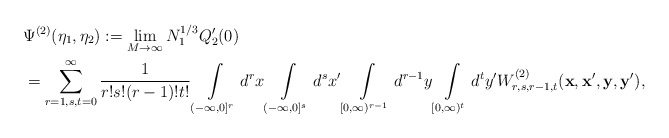
\begin{align*}&\Psi^{(2)}(\eta_1,\eta_2):=\lim_{M\to\infty} N_1^{1/3}Q_2'(0)\\&=\sum\limits_{r=1,s,t=0}^\infty\frac 1{r!s!(r-1)!t!}\int\limits_{(-\infty,0]^r}d^rx\int\limits_{(-\infty,0]^s}d^sx'\int\limits_{[0,\infty)^{r-1}}d^{r-1}y\int\limits_{[0,\infty)^t}d^ty' W_{r,s,r-1,t}^{(2)}(\mathbf{x},\mathbf{x'},\mathbf{y},\mathbf{y'}),\end{align*}